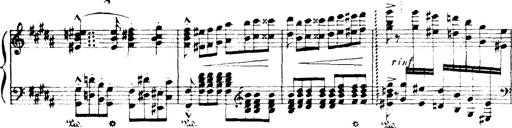
Title: Wagner-Liszt Album
Composer: Franz Liszt